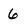
Character: 6